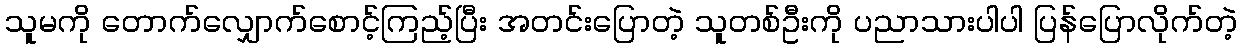
သူမကို တောက်လျှောက်စောင့်ကြည့်ပြီး အတင်းပြောတဲ့ သူတစ်ဦးကို ပညာသားပါပါ ပြန်ပြောလိုက်တဲ့